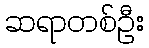
ဆရာတစ်ဦး